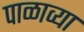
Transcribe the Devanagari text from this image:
पाळाव्या